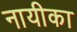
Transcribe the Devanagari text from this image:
नायीका